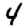
Digit: 4